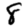
Digit: 8